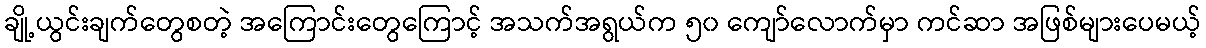
ချို့ယွင်းချက်တွေစတဲ့ အကြောင်းတွေကြောင့် အသက်အရွယ်က ၅၀ ကျော်လောက်မှာ ကင်ဆာ အဖြစ်များပေမယ့်